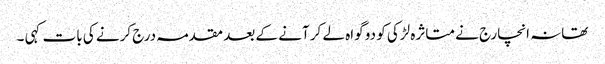
تھانہ انچارج نے متاثرہ لڑکی کو دو گواہ لے کر آنے کے بعد مقدمہ درج کرنے کی بات کہی ۔